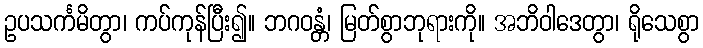
ဥပသင်္ကမိတွာ၊ ကပ်ကုန်ပြီး၍။ ဘဂဝန္တံ၊ မြတ်စွာဘုရားကို။ အဘိဝါဒေတွာ၊ ရိုသေစွာ